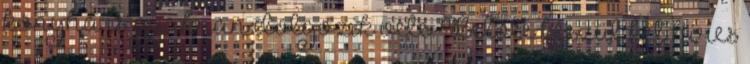
konyha is gyakran dolgozik vele. Belőle készül két híres